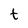
Character: t